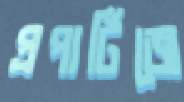
প্রপার্টিজে